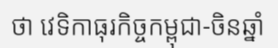
ថា វេទិកាធុរកិច្ចកម្ពុជា-ចិនឆ្នាំ